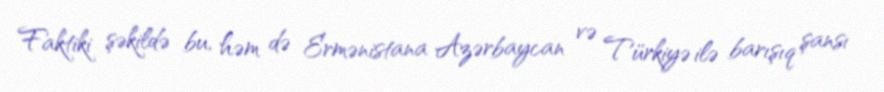
Faktiki şəkildə bu, həm də Ermənistana Azərbaycan və Türkiyə ilə barışıq şansı